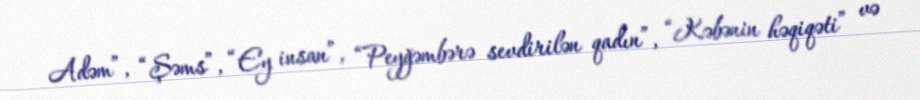
Adəm”, “Şəms”, “Ey insan”, “Peyğəmbərə sevdirilən qadın”, “Kəbənin həqiqəti” və